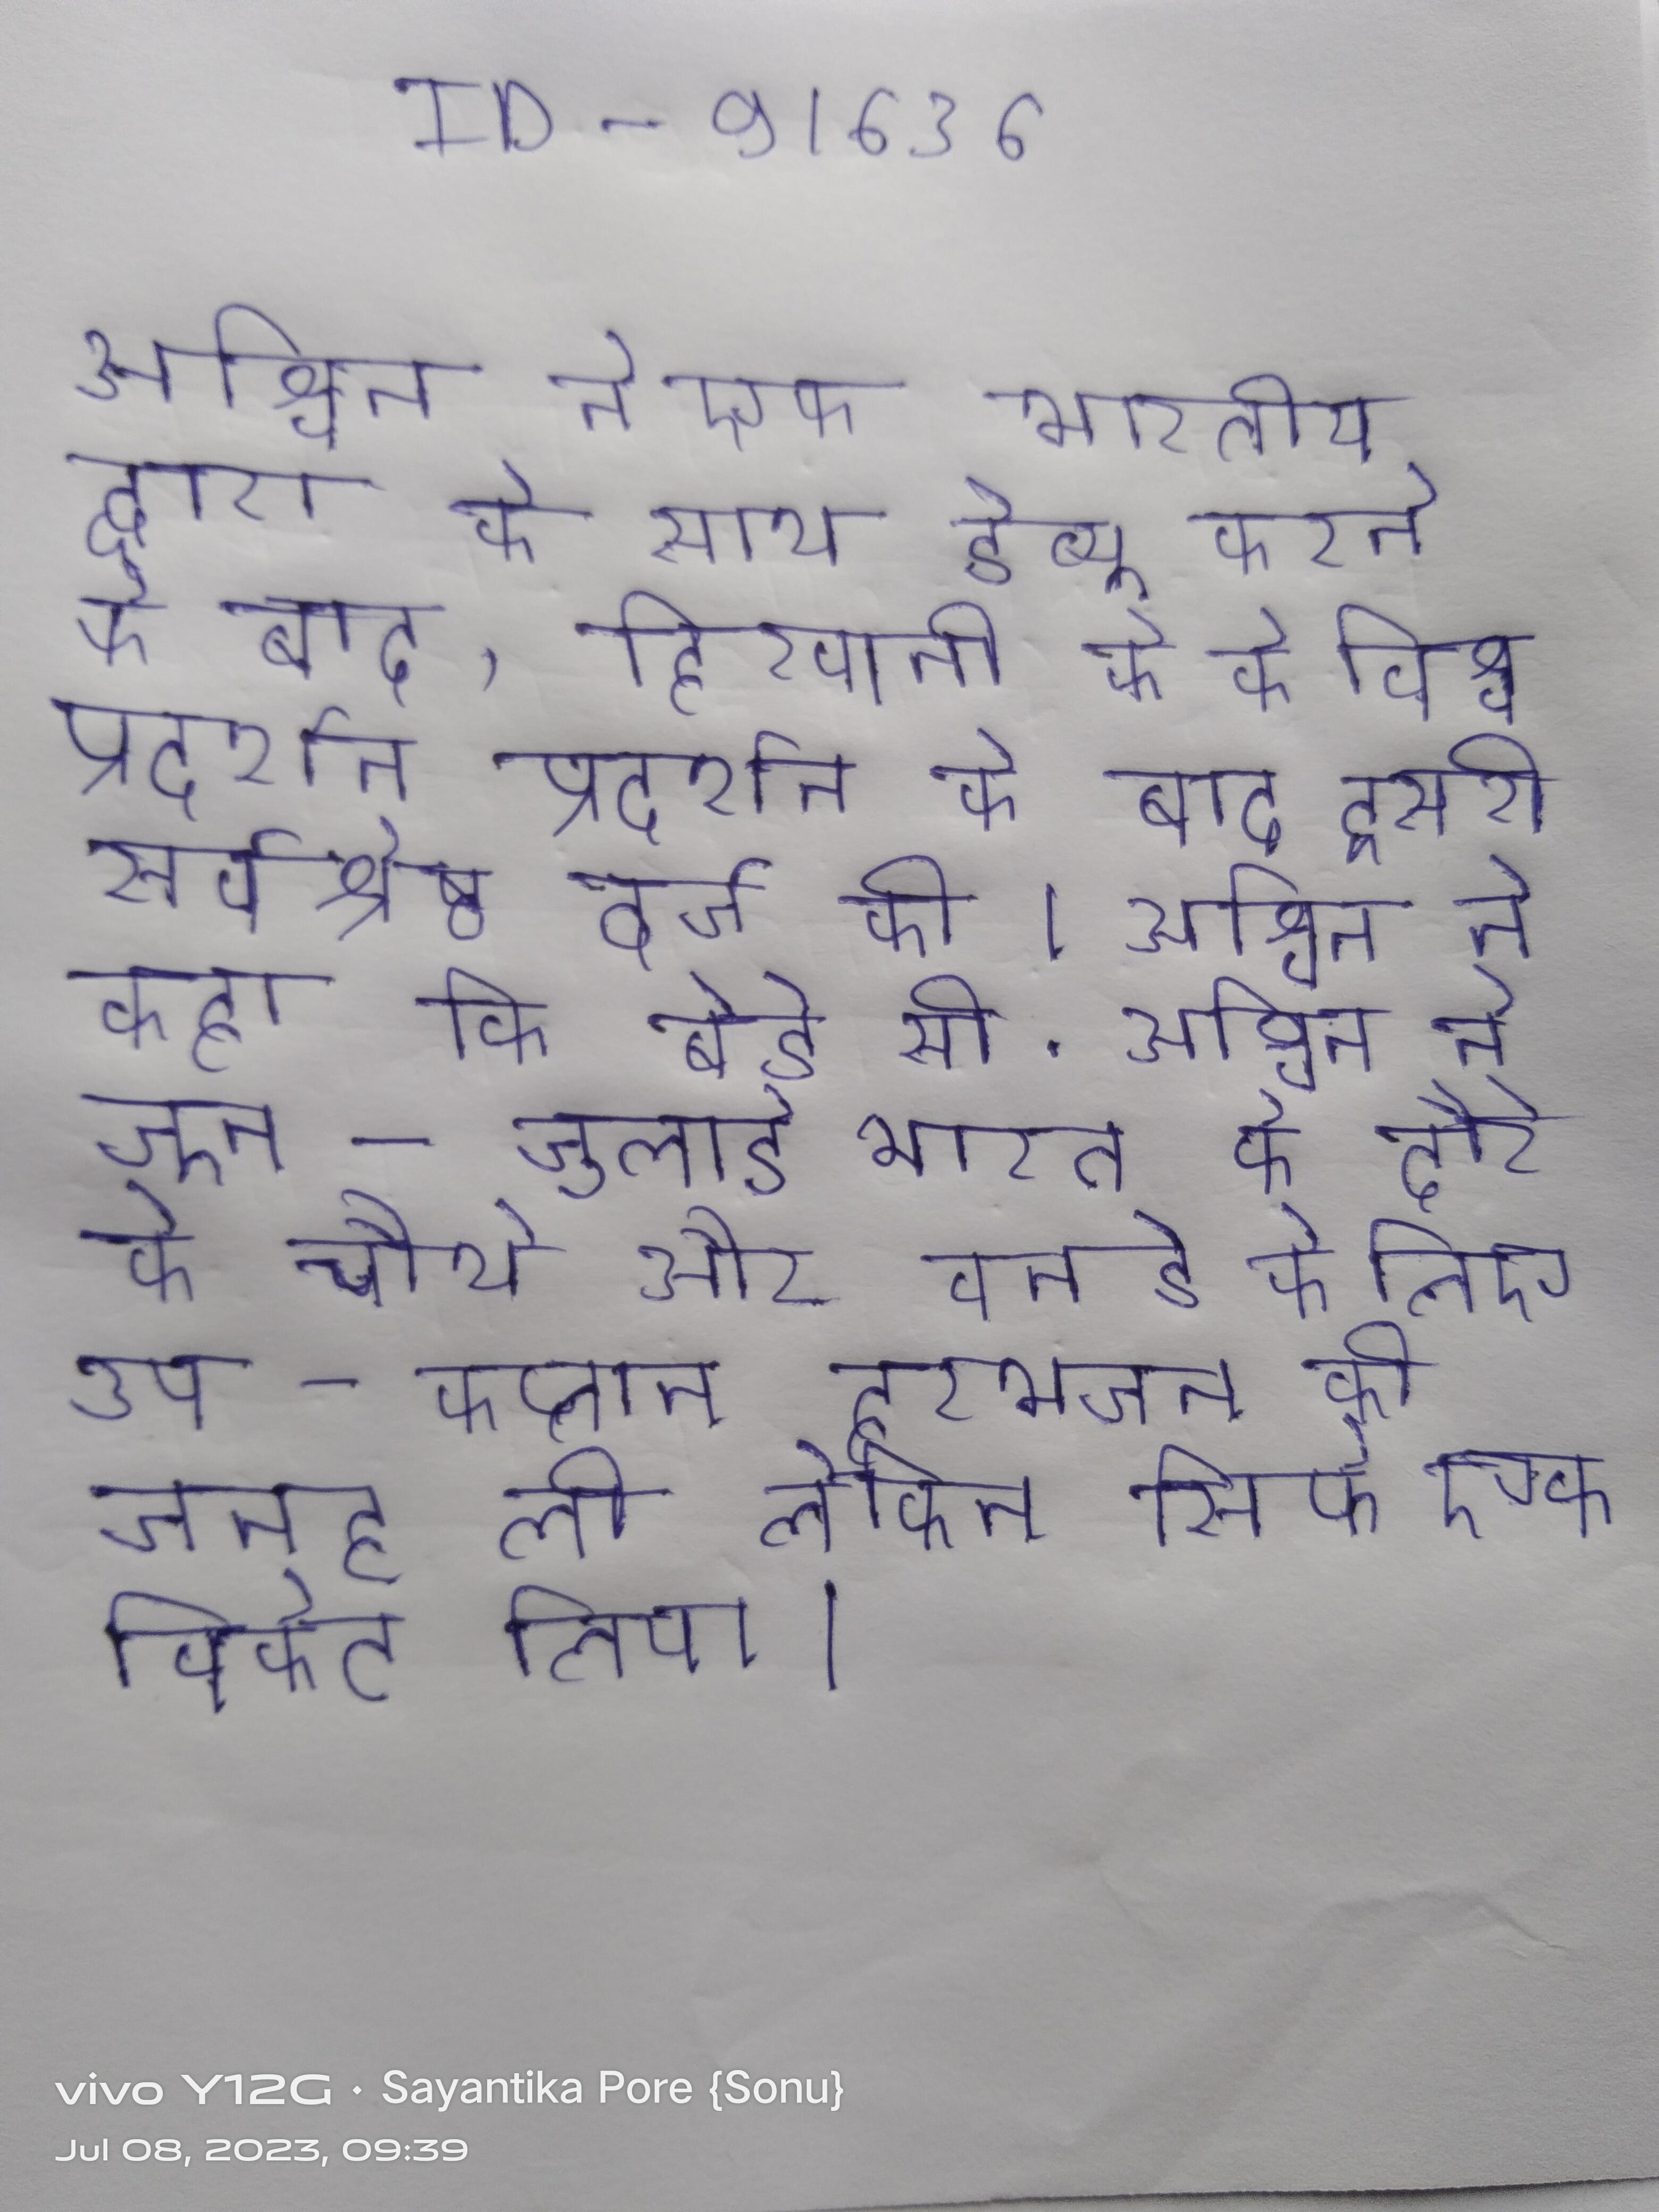
अश्विन ने एक भारतीय द्वारा के साथ डेब्यू करने के बाद, हिरवानी के के विश्व प्रदर्शन प्रदर्शन के बाद दूसरी सर्वश्रेष्ठ दर्ज की । अश्विन ने कहा कि बेडे सी . अश्विन ने जून-जुलाई भारत के दौरे के चौथे और वनडे के लिए उप-कप्तान हरभजन की जगह ली लेकिन सिर्फ एक विकेट लिया ।